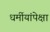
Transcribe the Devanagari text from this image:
धर्मीयांपेक्षा